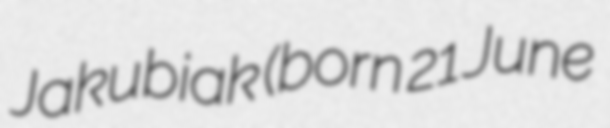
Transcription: Jakubiak (born 21 June